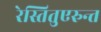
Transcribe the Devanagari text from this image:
रेस्तितुएरुन्त